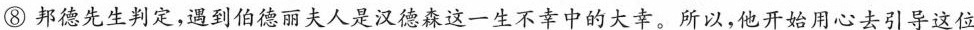
⑧邦德先生判定，遇到伯德丽夫人是汉德森这一生不幸中的大幸。所以，他开始用心去引导这位